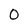
Character: 0